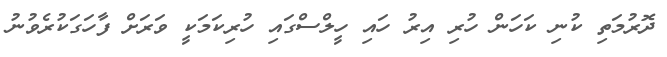
ދޮރުމަތި ކުނި ކަހަން ހުރި އިރު ހައި ހީލްސްގައި ހުރިކަމަކީ ވަރަށް ފާހަގަކުރެވުނު